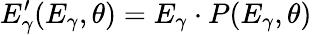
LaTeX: E_{\gamma}^{\prime}(E_{\gamma},\theta)=E_{\gamma}\cdot P(E_{\gamma},\theta)